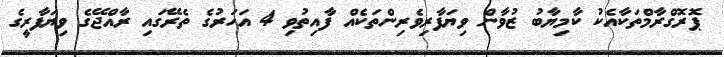
ޕޮރޮގްރާމްތަކާއެކު ކާމިޔާބު ޒުވާން ވިޔަފާރިވެރިންތަކެއް ފާއިތުވި 4 އަހަރުގެ ތެރޭގައި ރާއްޖޭގެ ވިޔަފާރީގެ